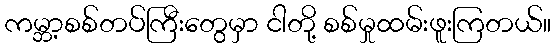
ကမ္ဘာ့စစ်တပ်ကြီးတွေမှာ ငါတို့ စစ်မှုထမ်းဖူးကြတယ်။